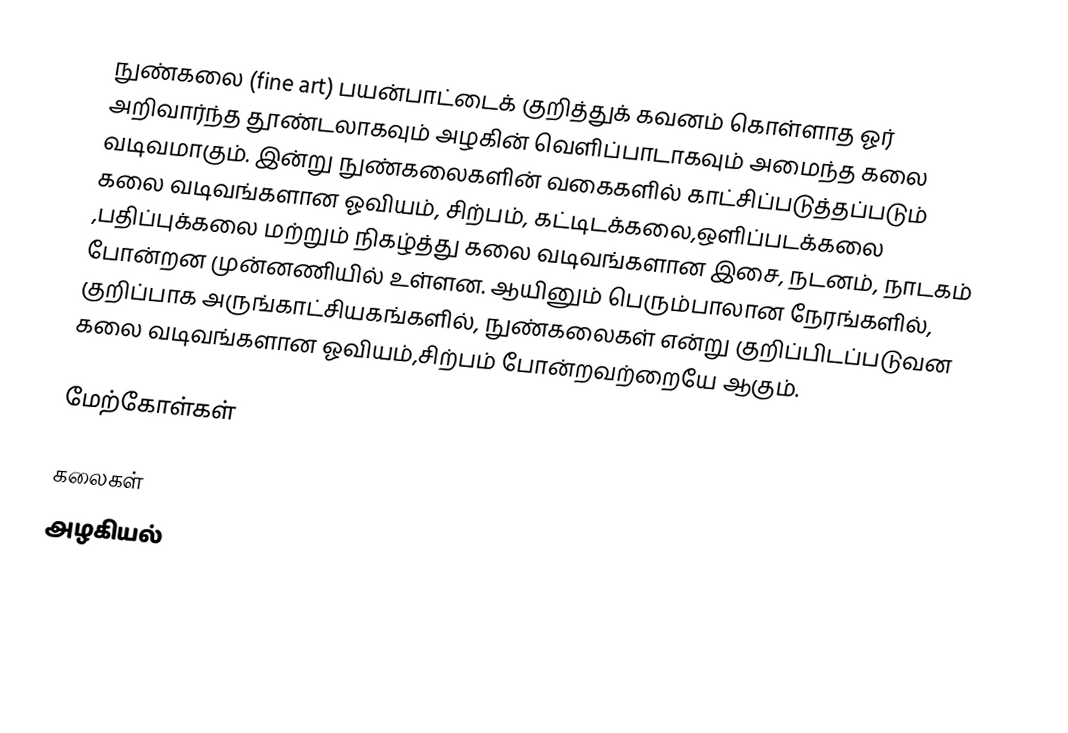
நுண்கலை (fine art) பயன்பாட்டைக் குறித்துக் கவனம் கொள்ளாத ஓர் அறிவார்ந்த தூண்டலாகவும் அழகின் வெளிப்பாடாகவும் அமைந்த கலை வடிவமாகும். இன்று நுண்கலைகளின் வகைகளில் காட்சிப்படுத்தப்படும் கலை வடிவங்களான ஓவியம்,  சிற்பம், கட்டிடக்கலை,ஒளிப்படக்கலை ,பதிப்புக்கலை மற்றும் நிகழ்த்து கலை வடிவங்களான இசை,  நடனம்,  நாடகம் போன்றன முன்னணியில் உள்ளன. ஆயினும் பெரும்பாலான நேரங்களில், குறிப்பாக அருங்காட்சியகங்களில்,  நுண்கலைகள் என்று குறிப்பிடப்படுவன  கலை வடிவங்களான ஓவியம்,சிற்பம் போன்றவற்றையே ஆகும்.

மேற்கோள்கள்

கலைகள்
அழகியல்